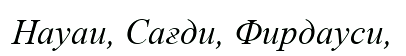
Науаи, Сағди, Фирдауси,